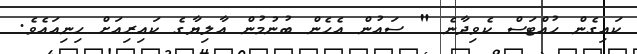
ކައިގެން ހުއްޓަސް ކެވިދާނެ " ސައުން އެހެން ބުނުމުން އާލިޔާގެ ކައިރިއަށް ހިނިއައެވެ.